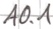
Text: A0.1